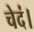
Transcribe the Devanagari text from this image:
चेदं।